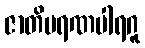
ဇာတိမရဏပါရဂူ